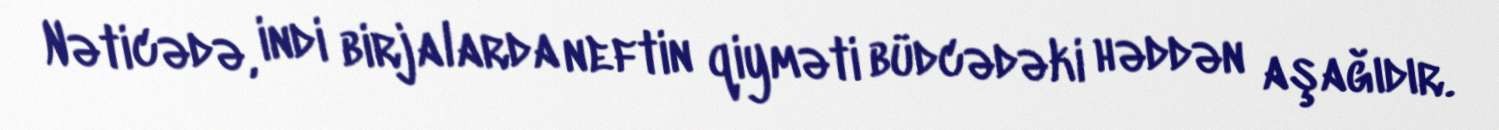
Nəticədə, indi birjalarda neftin qiyməti büdcədəki həddən aşağıdır.